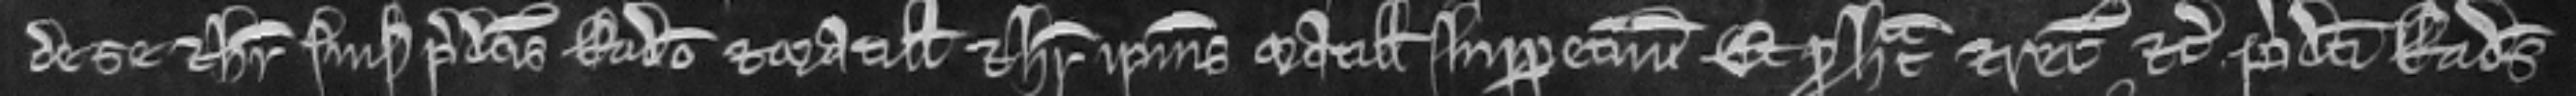
de se et heredibus suis predictis Radulfo et Matillidi et heredibus ipsius Matillidis inperpetuum. Et pro hac et recognicione etc. predicti Radulfus